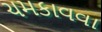
ચમકાવવા